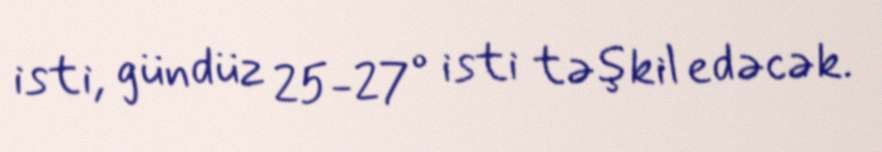
isti, gündüz 25-27° isti təşkil edəcək.